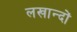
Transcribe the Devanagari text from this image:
लखान्दों